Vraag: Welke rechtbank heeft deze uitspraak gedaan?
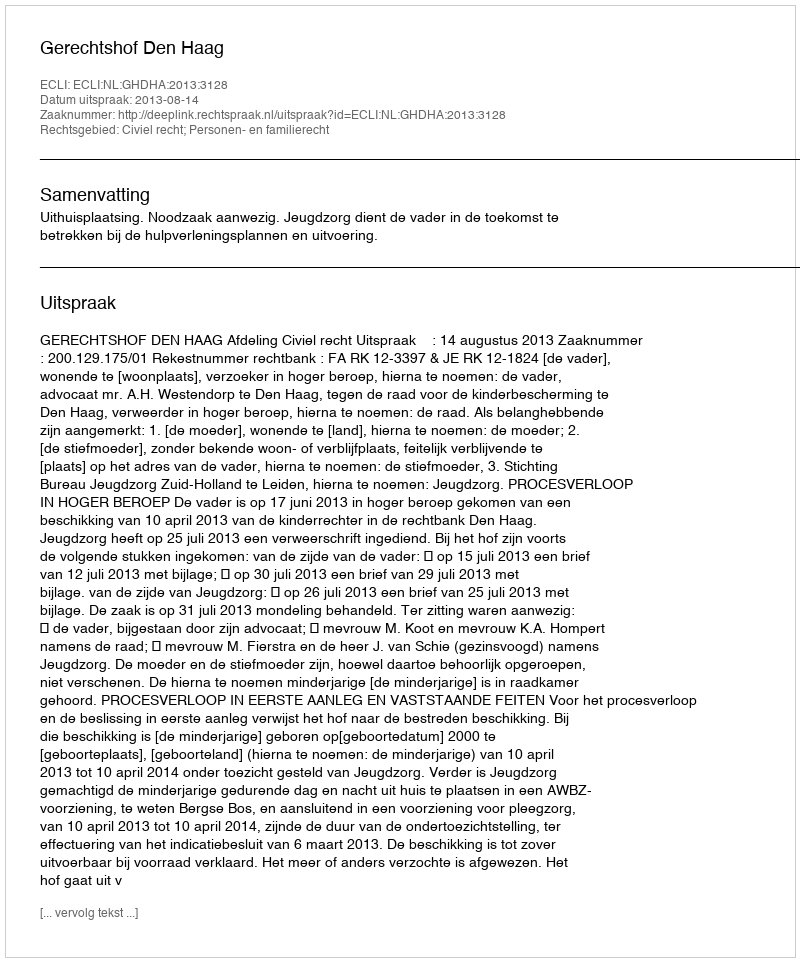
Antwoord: Gerechtshof Den Haag